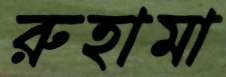
রুহামা